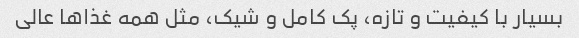
بسیار با کیفیت و تازه، پک کامل و شیک، مثل همه غذا‌ها عالی